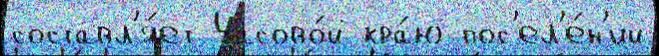
составл'я́ет Часово́й кра́ю пос'ел'е́н'ий